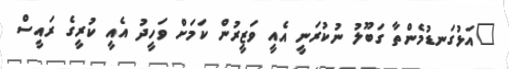
"އަޅުގަނޑުމެންތާ ގަބޫލު ނުކުރަނީ އެއީ ވަޒީރުން ކަމަށް ވަހީދު އެއީ ކުރީގެ ރައީސް